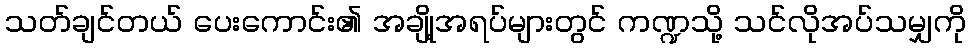
သတ်ချင်တယ် ပေးကောင်း၏ အချို့အရပ်များတွင် ကဏ္ဍသို့ သင်လိုအပ်သမျှကို